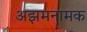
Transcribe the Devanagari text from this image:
अझमनामक